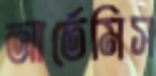
আর্তেমিস